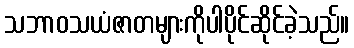
သဘာဝသယံဇာတများကိုပါပိုင်ဆိုင်ခဲ့သည်။